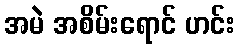
အမဲ အစိမ်းရောင် ဟင်း